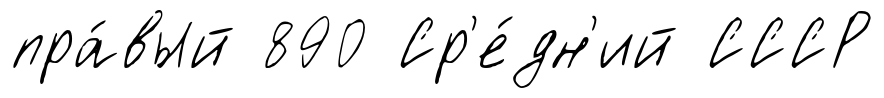
пра́вый 890 Ср'е́дн'ий СССР